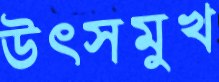
উৎসমুখ